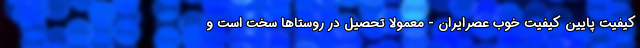
کیفیت پایین کیفیت خوب عصرایران - معمولا تحصیل در روستاها سخت است و